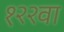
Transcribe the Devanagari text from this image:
१२२वा